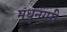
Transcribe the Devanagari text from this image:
मधुनगरी